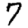
Digit: 7